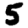
Digit: 5